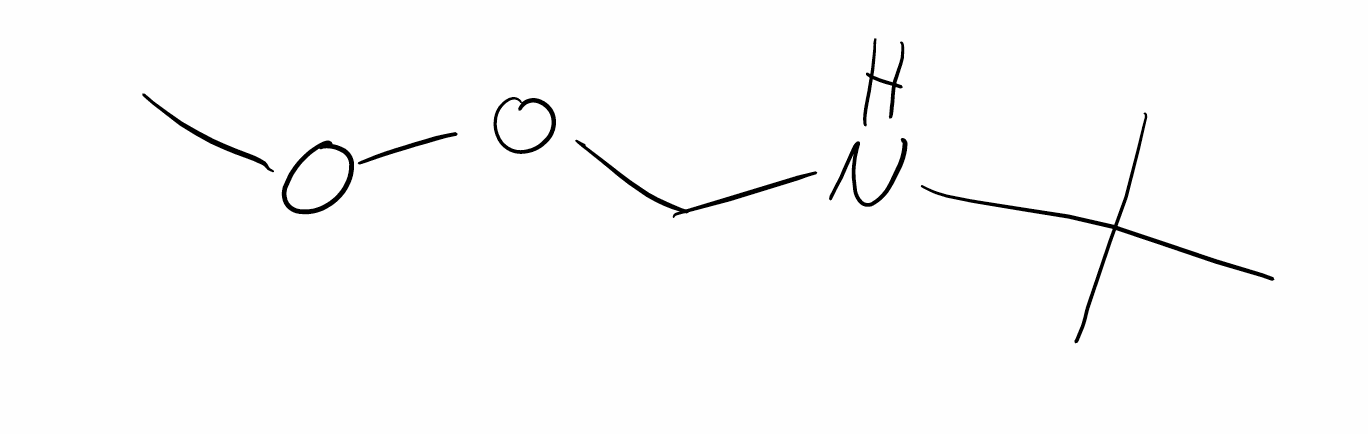
Simplified molecular-input line-entry system (SMILES) notation of the given molecule:
CC(C)(C)NCOOC